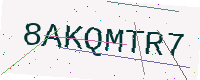
Text: 8AKQMTR7